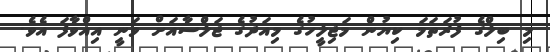
މި ބިލްގެ ފުރަތަމަ ކިޔުން މަޖިލީހުގެ މިއަދުގެ ޖަލްސާއަށް ވަނީ އިއްވާފަ އެެވެ.